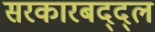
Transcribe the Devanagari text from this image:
सरकारबद्द्ल